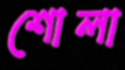
শোলা